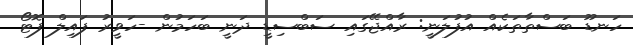
ހަނޑޫ ބަސްތާތަކެއް އުފުލަނީ: ރާއްޖޭގައި ސަބްސިޑީ ދަނީ ބަހަމުން -ހަވީރު ފައިލް ފޮޓޯ